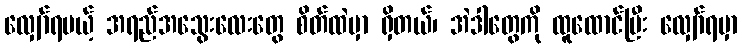
လျှော်ရမယ့် အရည်အသွေးလေးတွေ စိတ်ထဲမှာ ရှိတယ်၊ အဲဒါတွေကို ထူထောင်ပြီး လျှော်ရမှာ